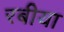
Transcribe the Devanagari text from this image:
रबीया